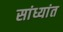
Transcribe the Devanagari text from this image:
सांध्यांत